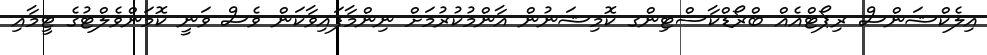
އިލެކްޝަންސް ރިޕޯޓްއެއް ބްރޯޑްކާސްޓިންގ ކޮމިޝަނުން އާންމުކުރުމަށް ނިންމާފައިވާކަން ވެސް ވަނީ ކޮމަންވެލްޓުގެ ޓީމާއި